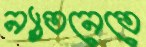
ন্যাতনেতে